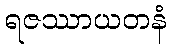
ရဇဿာယတနံ